65_HS1-834228961_62-HQ-83894_Section_8
Agency: FBI
Page 122
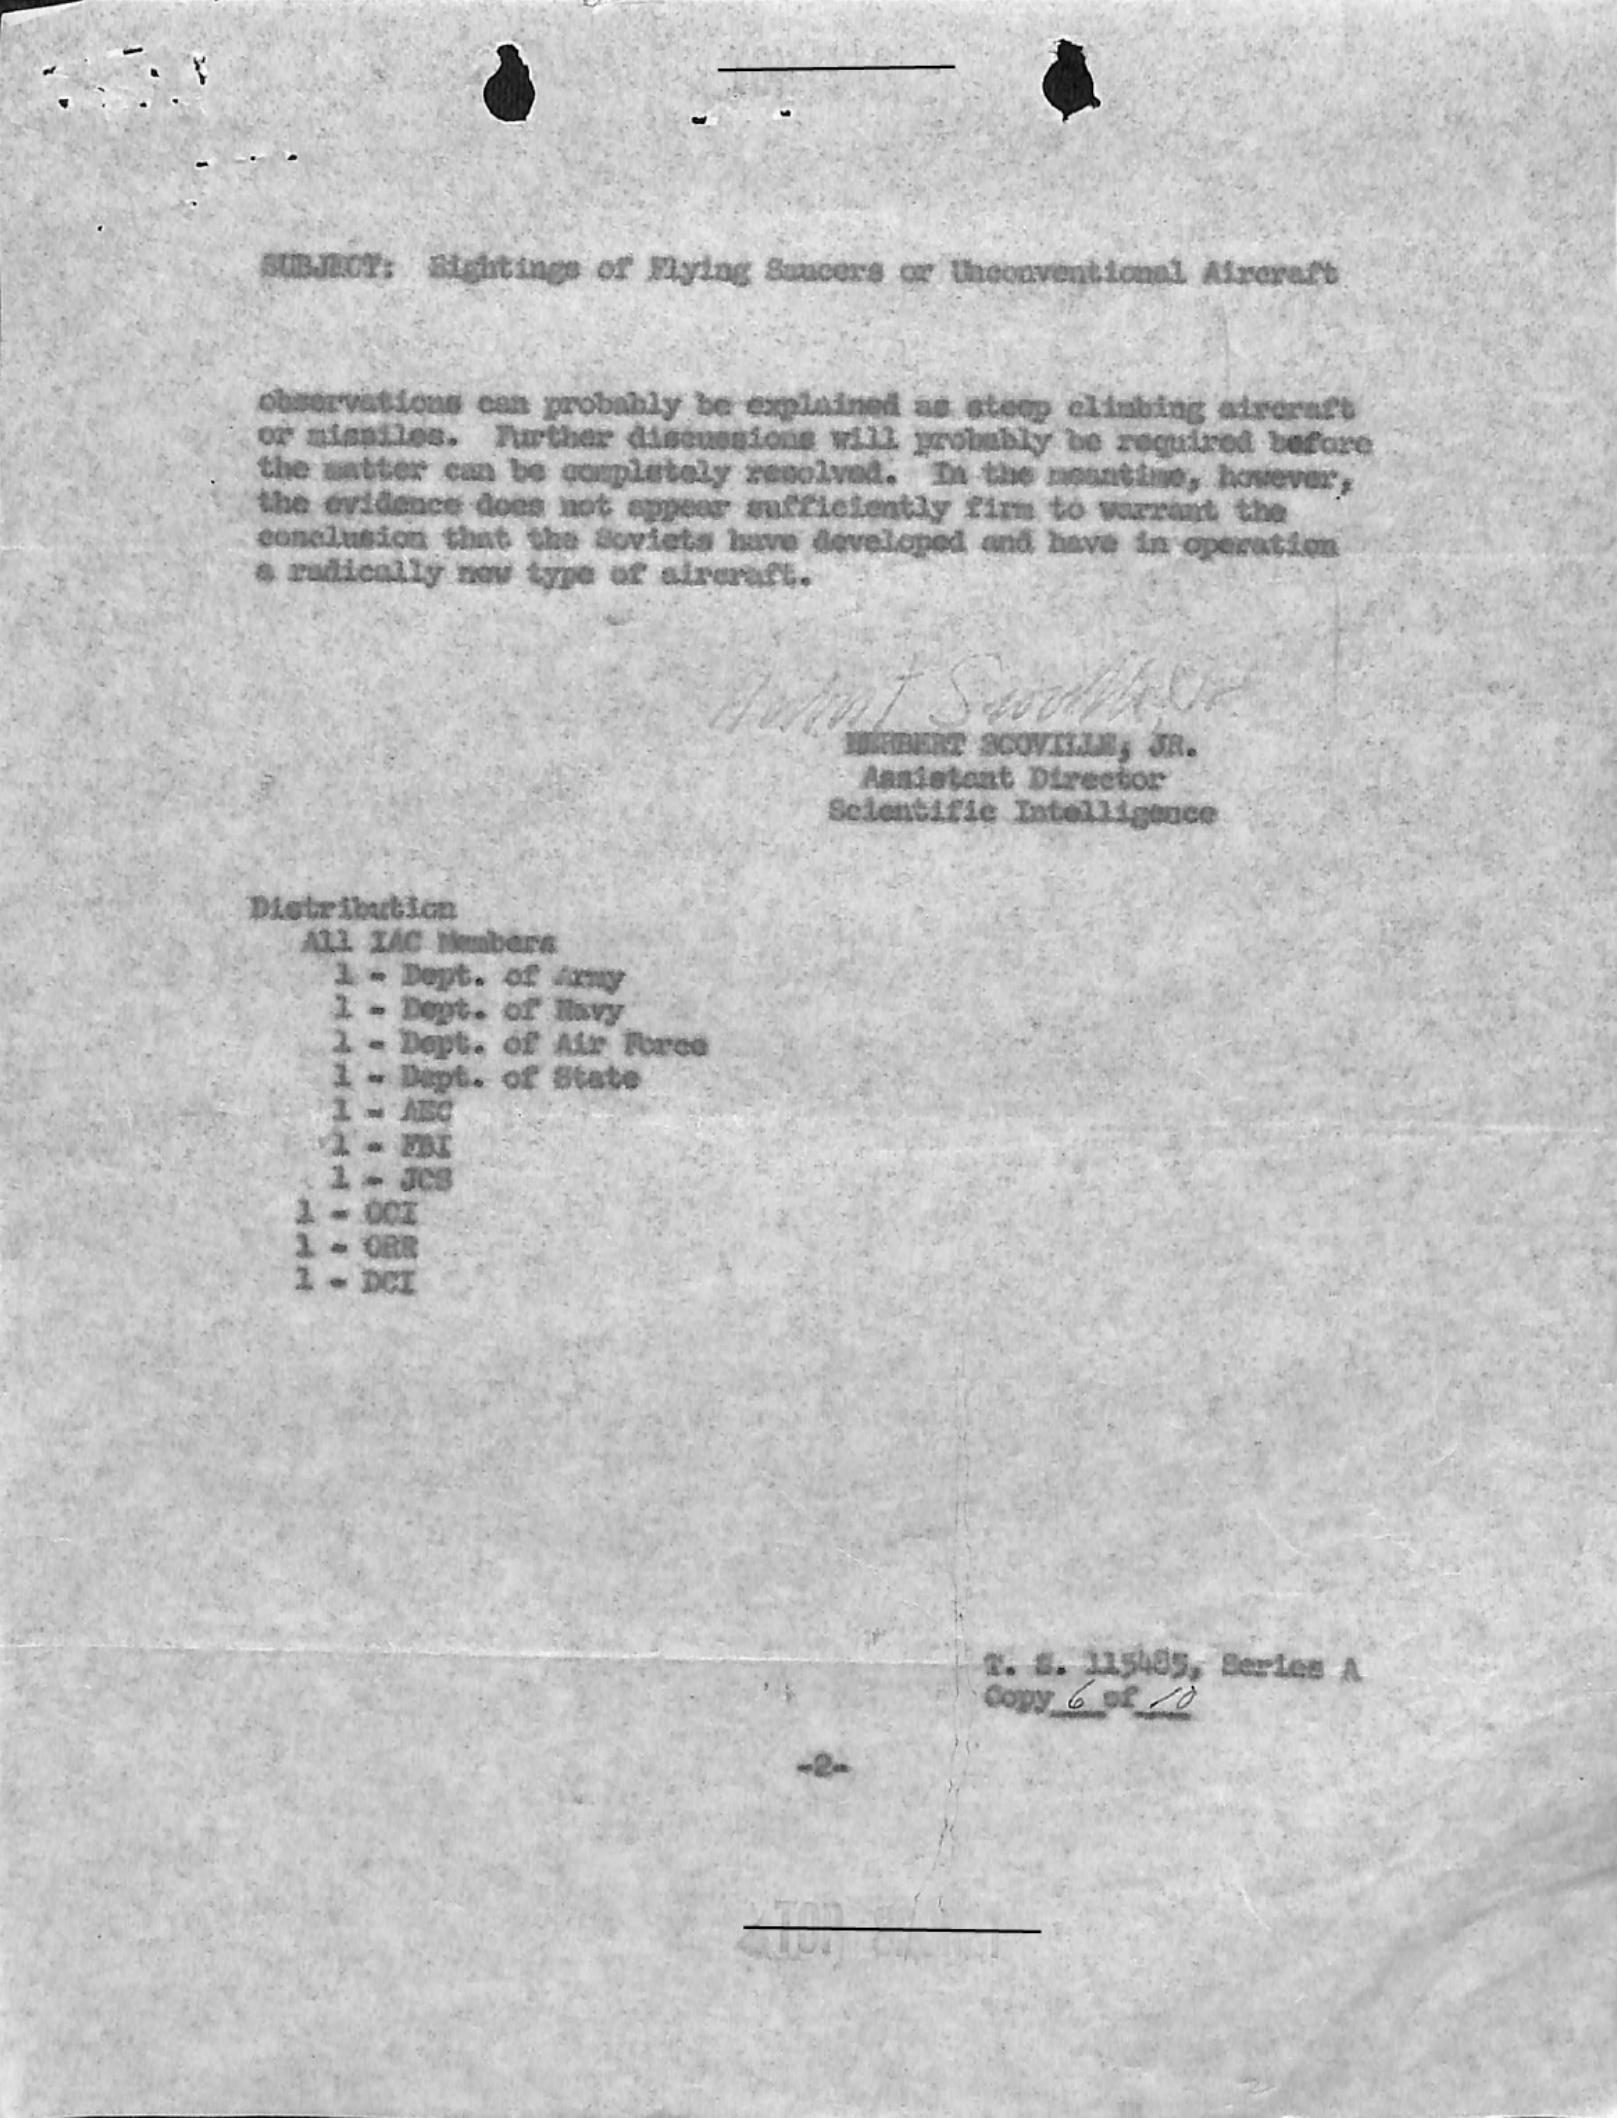